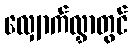
လျှောက်လွှာတွင်